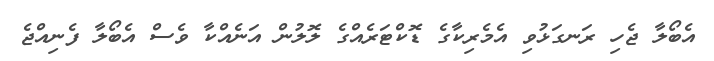
އެބޯލާ ޖެހި ރަނގަޅުވި އެމެރިކާގެ ޑޮކްޓަރެއްގެ ލޮލުން އަނެއްކާ ވެސް އެބޯލާ ފެނިއްޖެ